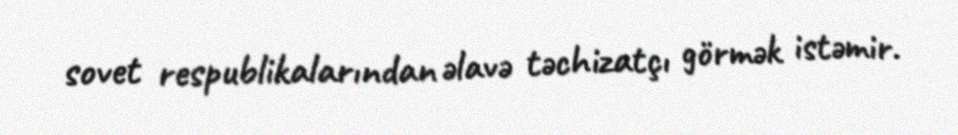
sovet respublikalarından əlavə təchizatçı görmək istəmir.